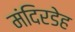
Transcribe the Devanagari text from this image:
मंदिरडेह